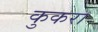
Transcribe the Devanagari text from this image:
कुकरा